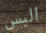
البس